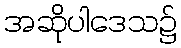
အဆိုပါဒေသ၌